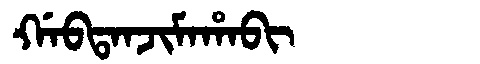
Manchu: ᡤᠠᠪᡨᠠᠨᠵᡳᠮᠠᡥᠠᠪᡳ
Romanization: GABTANJIMAHABI